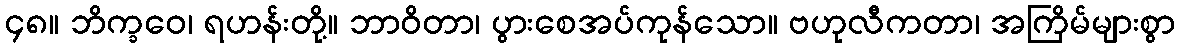
၄၈။ ဘိက္ခဝေ၊ ရဟန်းတို့။ ဘာဝိတာ၊ ပွားစေအပ်ကုန်သော။ ဗဟုလီကတာ၊ အကြိမ်များစွာ